Annual report of the Punjab Veterinary College and of the Civil Veterinary Department, Punjab - 1909-1919
Year: 1909
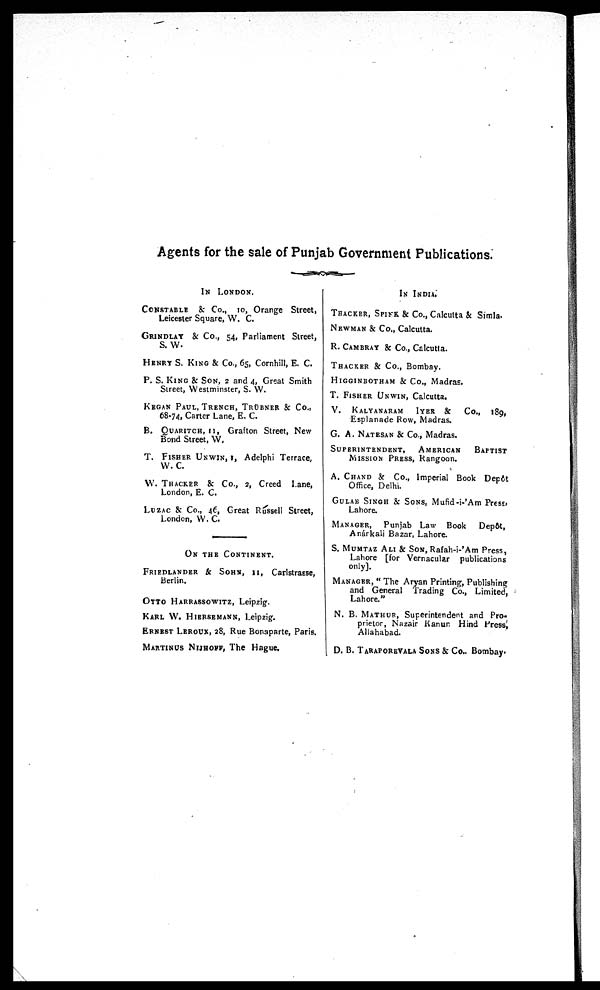
Agents for the sale of Punjab Government Publications.
IN LONDON.
CONSTABLE & Co., 10, Orange Street,
Leicester Square, W. C.
GRINDLAY & Co., 54, Parliament Street,
S. W.
HENRY S. KING & Co., 65, Cornhill, E. C.
P. S. KING & SON, 2 and 4, Great Smith
Street, Westminster, S. W.
KEGAN PAUL, TRENCH, TRÜBNER & Co.,
68-74, Carter Lane, E. C.
B. QUARITCH, 11, Grafton Street, New
Bond Street, W.
T. FISHER UNWIN, 1, Adelphi Terrace,
W. C.
W. THACKER & Co., 2, Creed Lane,
London, E. C.
LUZAC & Co., 46, Great Russell Street,
London, W. C.
ON THE CONTINENT.
FRIEDLANDER & SOHN, 11, Carlstrasse,
Berlin.
OTTO HARRASSOWITZ, Leipzig.
KARL W. HIERSEMANN, Leipzig.
ERNEST LEROUX, 28, Rue Bonaparte, Paris.
MARTINUS NIJHOFF, The Hague.
IN INDIA.
THACKER, SPINK & Co., Calcutta & Simla.
NEWMAN & Co., Calcutta.
R. CAMBRAY & Co., Calcutta.
THACKER & Co., Bombay.
HIGGINBOTHAM & Co., Madras.
T. FISHER UNWIN, Calcutta.
V. KALYANARAM IYER & Co., 189,
Esplanade Row, Madras.
G. A. NATESAN & Co., Madras.
SUPERINTENDENT, AMERICAN BAPTIST
MISSION PRESS, Rangoon.
A. CHAND & Co., Imperial Book Depôt
Office, Delhi.
GULAB SINGH & SONS, Mufid-i-'Am Press,
Lahore.
MANAGER, Punjab Law Book
Depôt,
Anárkali Bazar, Lahore.
S. MUMTAZ ALI & SON, Rafah-i-'Am Press,
Lahore [for Vernacular publications
only].
MANAGER, "The Aryan Printing, Publishing
and General Trading Co., Limited,
Lahore."
N. B. MATHUR, Superintendent and Pro-
prietor, Nazair Kanun Hind Press,
Allahabad.
D. B. TARAPOREVALA SONS & Co.. Bombay.